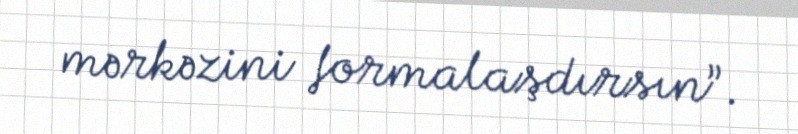
mərkəzini formalaşdırsın”.